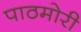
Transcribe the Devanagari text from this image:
पाठमोरी